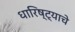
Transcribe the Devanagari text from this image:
धारिष्ट्याचे